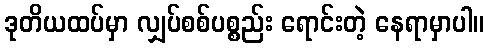
ဒုတိယထပ်မှာ လျှပ်စစ်ပစ္စည်း ရောင်းတဲ့ နေရာမှာပါ။